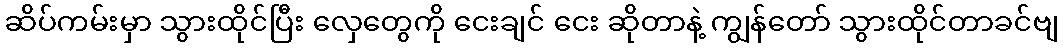
ဆိပ်ကမ်းမှာ သွားထိုင်ပြီး လှေတွေကို ငေးချင် ငေး ဆိုတာနဲ့ ကျွန်တော် သွားထိုင်တာခင်ဗျ